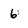
Character: 6